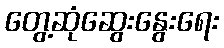
တွေ့ဆုံဆွေးနွေးရေး